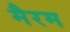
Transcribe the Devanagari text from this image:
मैरम